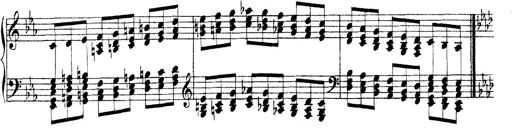
Title: Technische Studien
Composer: Franz Liszt